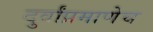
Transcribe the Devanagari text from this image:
दुर्वांप्रमाणेच